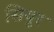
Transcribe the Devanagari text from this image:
सियूर